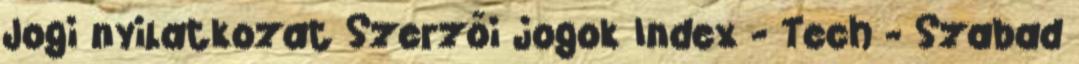
Jogi nyilatkozat Szerzői jogok Index - Tech - Szabad